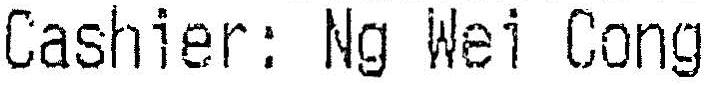
CASHIER: NG WEI CONG